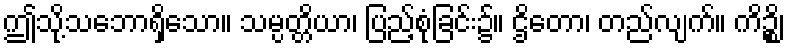
ဤသို့သဘောရှိသော။ သမ္ပတ္တိယာ၊ ပြည့်စုံခြင်း၌။ ဌိတော၊ တည်လျက်။ ကိဉ္စိ၊